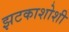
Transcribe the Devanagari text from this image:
झटकाशोशी